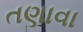
તણાવા